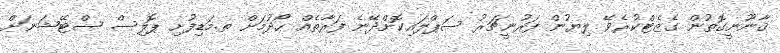
ޤާނޫނީގޮތުން ގެޒެޓްކުރެވޭ ލިޔުން ފަރުނީޗަރު ސަޕްލައިކޮށްދޭނެ ފަރާތެއް ހޯދުމަށް ތ.މަޑިފުށި ޕޮލިސް ސްޓޭޝަނަށް